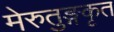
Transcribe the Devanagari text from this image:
मेरुतुङ्गकृत